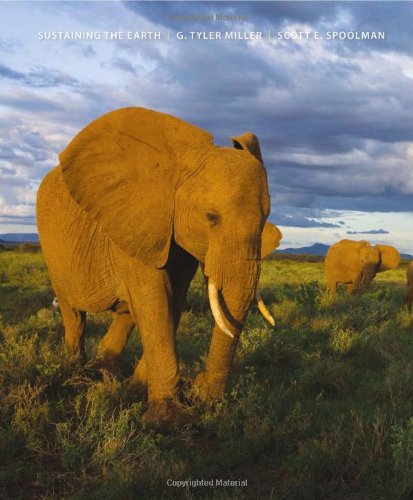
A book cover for Sustaining the Earth; G. Tyler Miller; Science & Math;